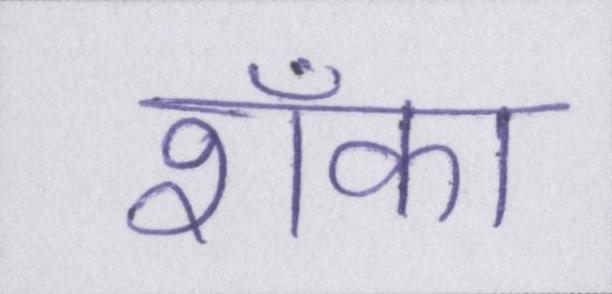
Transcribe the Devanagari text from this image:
शँका